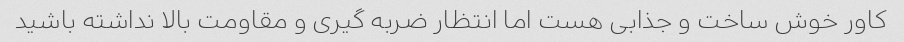
کاور خوش ساخت و جذابی هست اما انتظار ضربه گیری و مقاومت بالا نداشته باشید